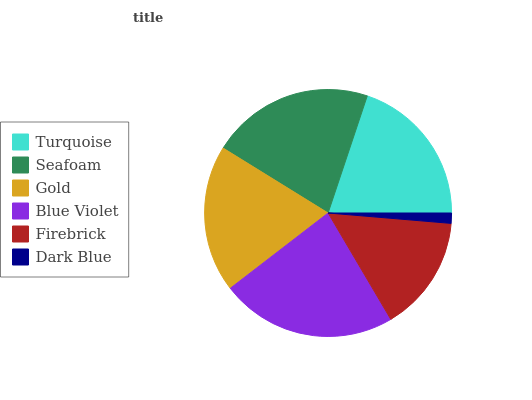
| Turquoise | Seafoam | Gold | Blue Violet | Firebrick | Dark Blue |
 | --- | --- | --- | --- | --- | --- |
 | 19.9% | 21.3% | 19.2% | 23.1% | 15.2% | 1.34% |